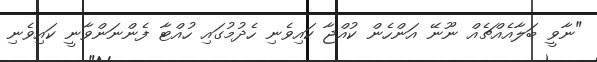
"ނާވީ ބަލާއެއްޗެއް ނޫނޭ އަންހެން ކުއްޖާ ކައިވެނި ހެދުމުގައި ހުއްޓާ ފެންނަންވާނީ ކައިވެނި